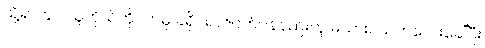
သို့ရာတွင် သူကိုယ်တိုင်ကမူ ခရိုင်ရာဇဝတ်ဝန်နည်းတူ မယားငယ်ကလေးခေါ်ပြီး